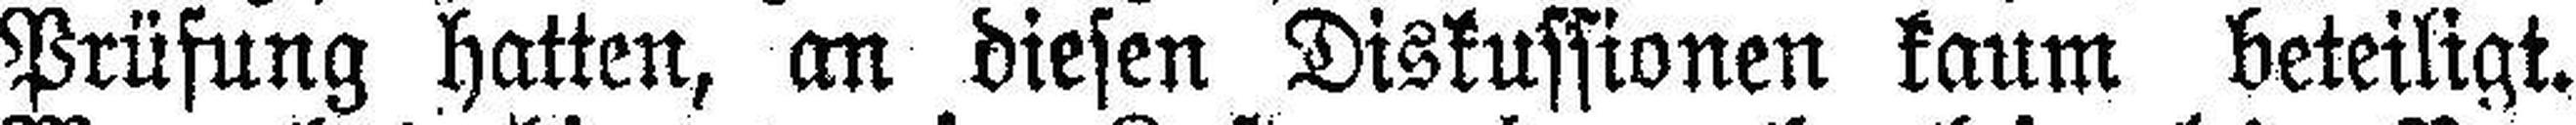
Prüfung hatten, an diesen Diskussionen kaum beteiligt.